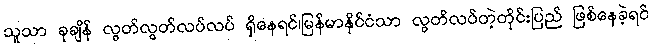
သူသာ ခုချိန် လွတ်လွတ်လပ်လပ် ရှိနေရင်၊မြန်မာနိုင်ငံသာ လွတ်လပ်တဲ့တိုင်းပြည် ဖြစ်နေခဲ့ရင်